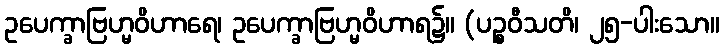
ဥပေက္ခာဗြဟ္မဝိဟာရေ၊ ဥပေက္ခာဗြဟ္မဝိဟာရ၌။ (ပဉ္စဝီသတိ၊ ၂၅-ပါးသော။